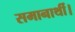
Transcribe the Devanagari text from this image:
समानार्थी।